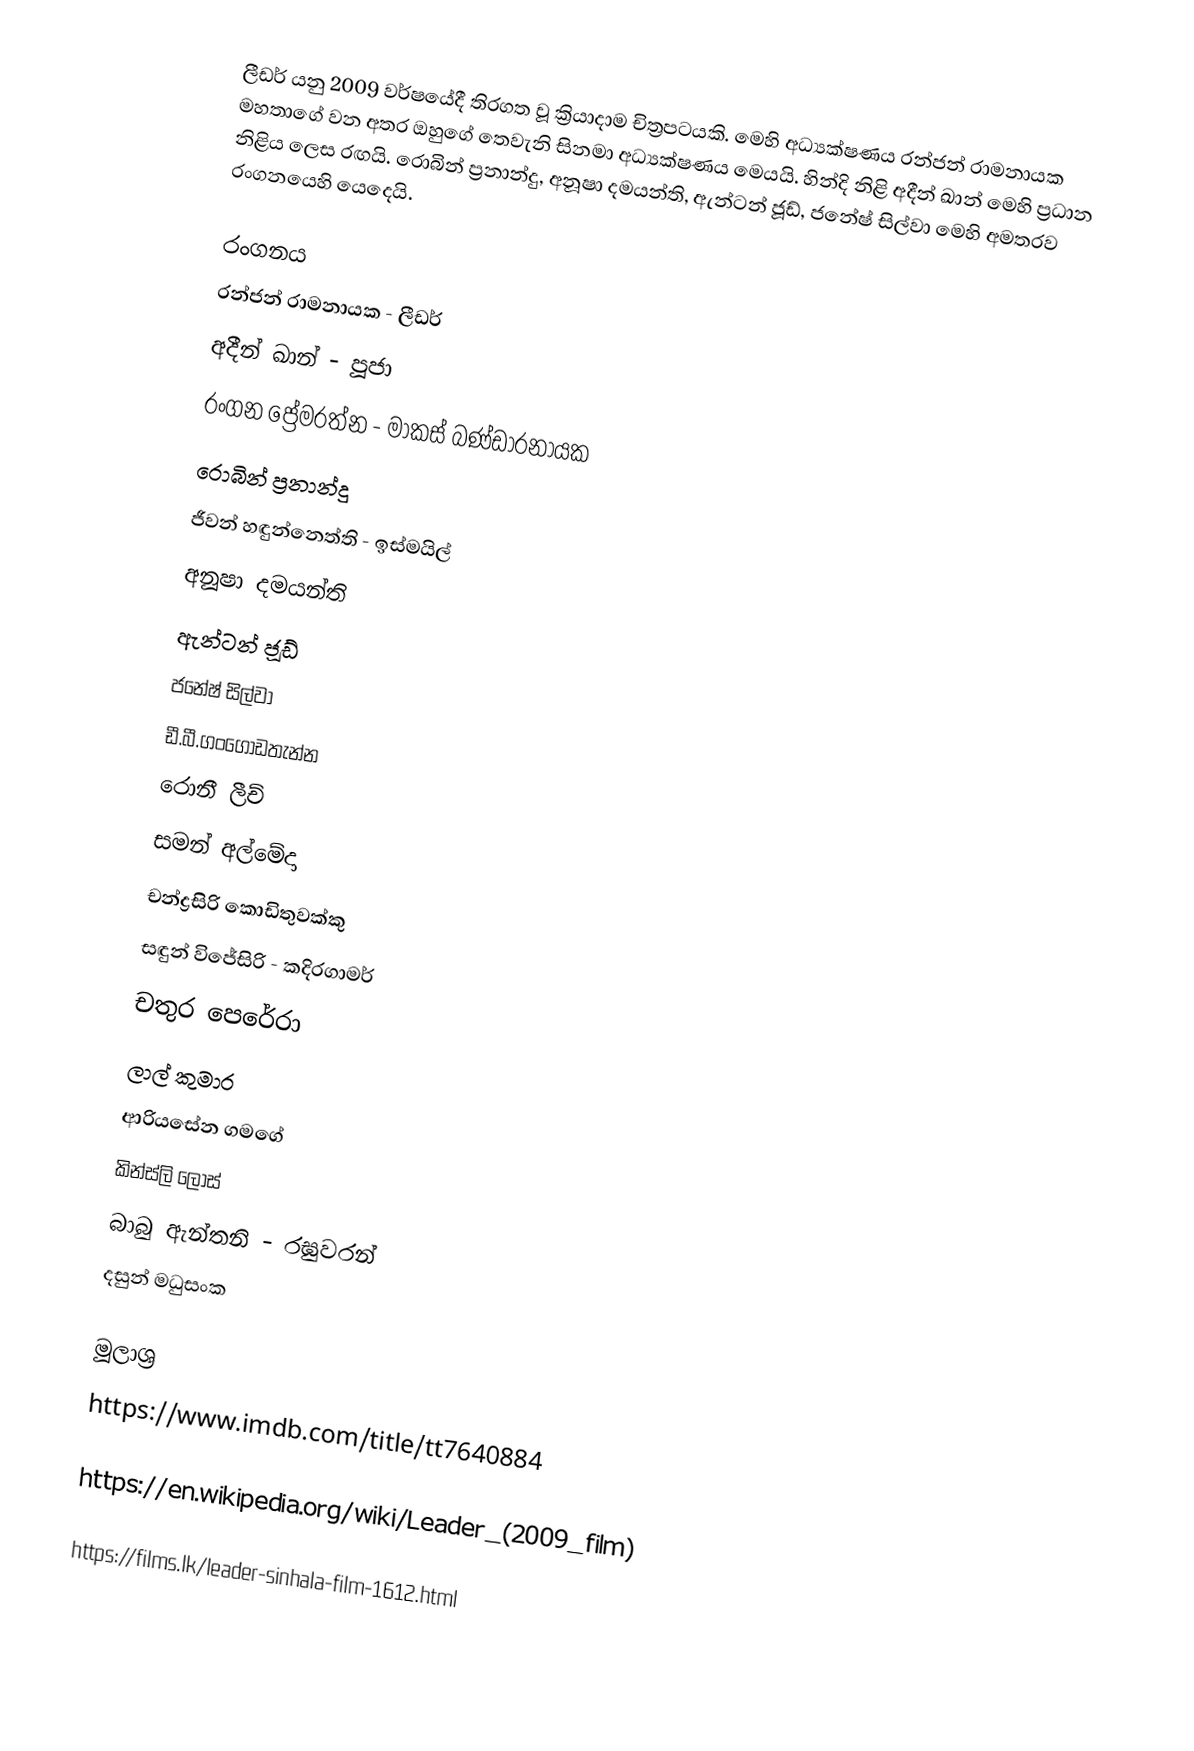
ලීඩර් යනු 2009 වර්ෂයේදී තිරගත වූ ක්‍රියාදාම චිත්‍රපටයකි. මෙහි අධ්‍යක්ෂණය රන්ජන් රාමනායක මහතාගේ වන අතර ඔහුගේ තෙවැනි සිනමා අධ්‍යක්ෂණය මෙයයි. හින්දි නිළි අදීන් ඛාන් මෙහි ප්‍රධාන නිළිය ලෙස රඟයි. රොබින් ප්‍රනාන්දු, අනූෂා දමයන්ති, ඇන්ටන් ජූඩ්, ජනේෂ් සිල්වා මෙහි අමතරව රංගනයෙහි යෙදෙයි.

රංගනය
 රන්ජන් රාමනායක - ලීඩර්
 අදීන් ඛාන් - පූජා
රංගන ප්‍රේමරත්න -  මාකස් බණ්ඩාරනායක
 රොබින් ප්‍රනාන්දු
ජීවන් හඳුන්නෙත්ති - ඉස්මයිල්
 අනූෂා දමයන්ති
 ඇන්ටන් ජූඩ්
 ජනේෂ් සිල්වා
 ඩී.බී.ගංගොඩතැන්න
 රොනී ලීච්
 සමන් අල්මේදා
 චන්ද්‍රසිරි කොඩිතුවක්කු
සඳුන් විජේසිරි - කදිරගාමර්
 චතුර පෙරේරා
 ලාල් කුමාර
 ආරියසේන ගමගේ
 කින්ස්ලි ලෝස්
බාබු ඇන්තනි - රඝුවරන්
 දසුන් මධුසංක

මූලාශ්‍ර
https://www.imdb.com/title/tt7640884

https://en.wikipedia.org/wiki/Leader_(2009_film)

https://films.lk/leader-sinhala-film-1612.html